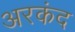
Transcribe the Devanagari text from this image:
अरकंद